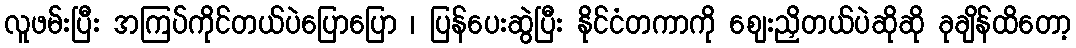
လူဖမ်းပြီး အကြပ်ကိုင်တယ်ပဲပြောပြော ၊ ပြန်ပေးဆွဲပြီး နိုင်ငံတကာကို စျေးညှိတယ်ပဲဆိုဆို ခုချိန်ထိတော့